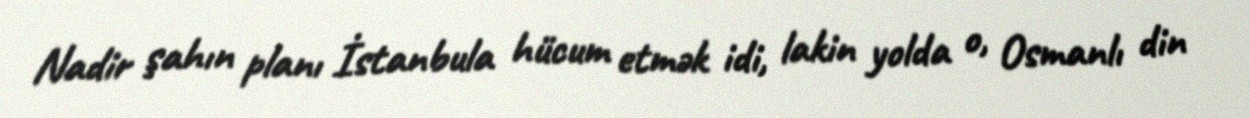
Nadir şahın planı İstanbula hücum etmək idi, lakin yolda o, Osmanlı din